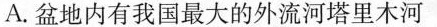
A.盆地内有我国最大的外流河塔里木河